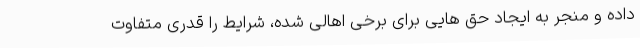
داده و منجر به ایجاد حق هایی برای برخی اهالی شده، شرایط را قدری متفاوت